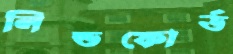
লিন্ডফোর্ড